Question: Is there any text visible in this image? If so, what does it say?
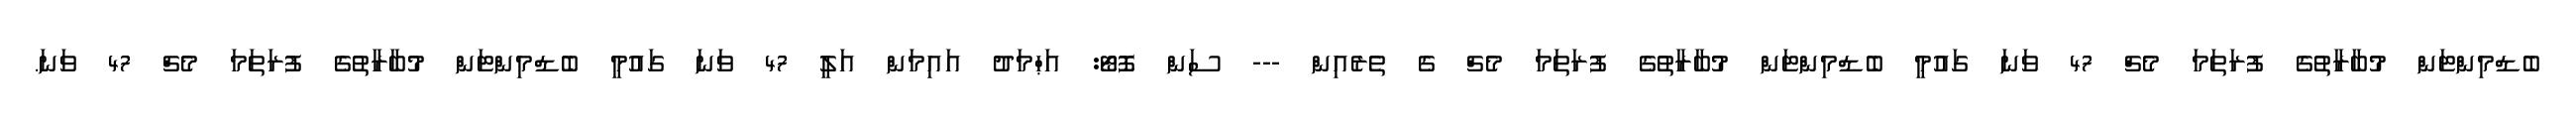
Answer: ބެޑްމިންޓަން މުބާރާތުގެ ފުރަތަމަ މެޗް 47 ވަނަ ގައުމީ ބެޑްމިންޓަން މުބާރާތުގެ ފުރަތަމަ މެޗް ގެ ތެރެއިން --- ސަން ފޮޓޯ: އަޙްމަދު އައިމަން އަލީ 47 ވަނަ ގައުމީ ބެޑްމިންޓަން މުބާރާތުގެ ފުރަތަމަ މެޗް 47 ވަނަ.